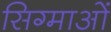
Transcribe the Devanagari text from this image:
सिग्माओं